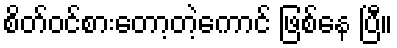
စိတ်ဝင်စားတော့တဲ့ကောင် ဖြစ်နေ ပြီ။